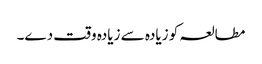
مطالعہ کو زیادہ سے زیادہ وقت دے۔